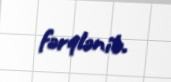
fərqlənib.